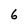
Character: 6